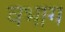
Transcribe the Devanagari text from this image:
वभाग